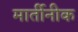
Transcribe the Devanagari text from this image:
मार्तीनीक